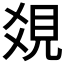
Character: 𧠔